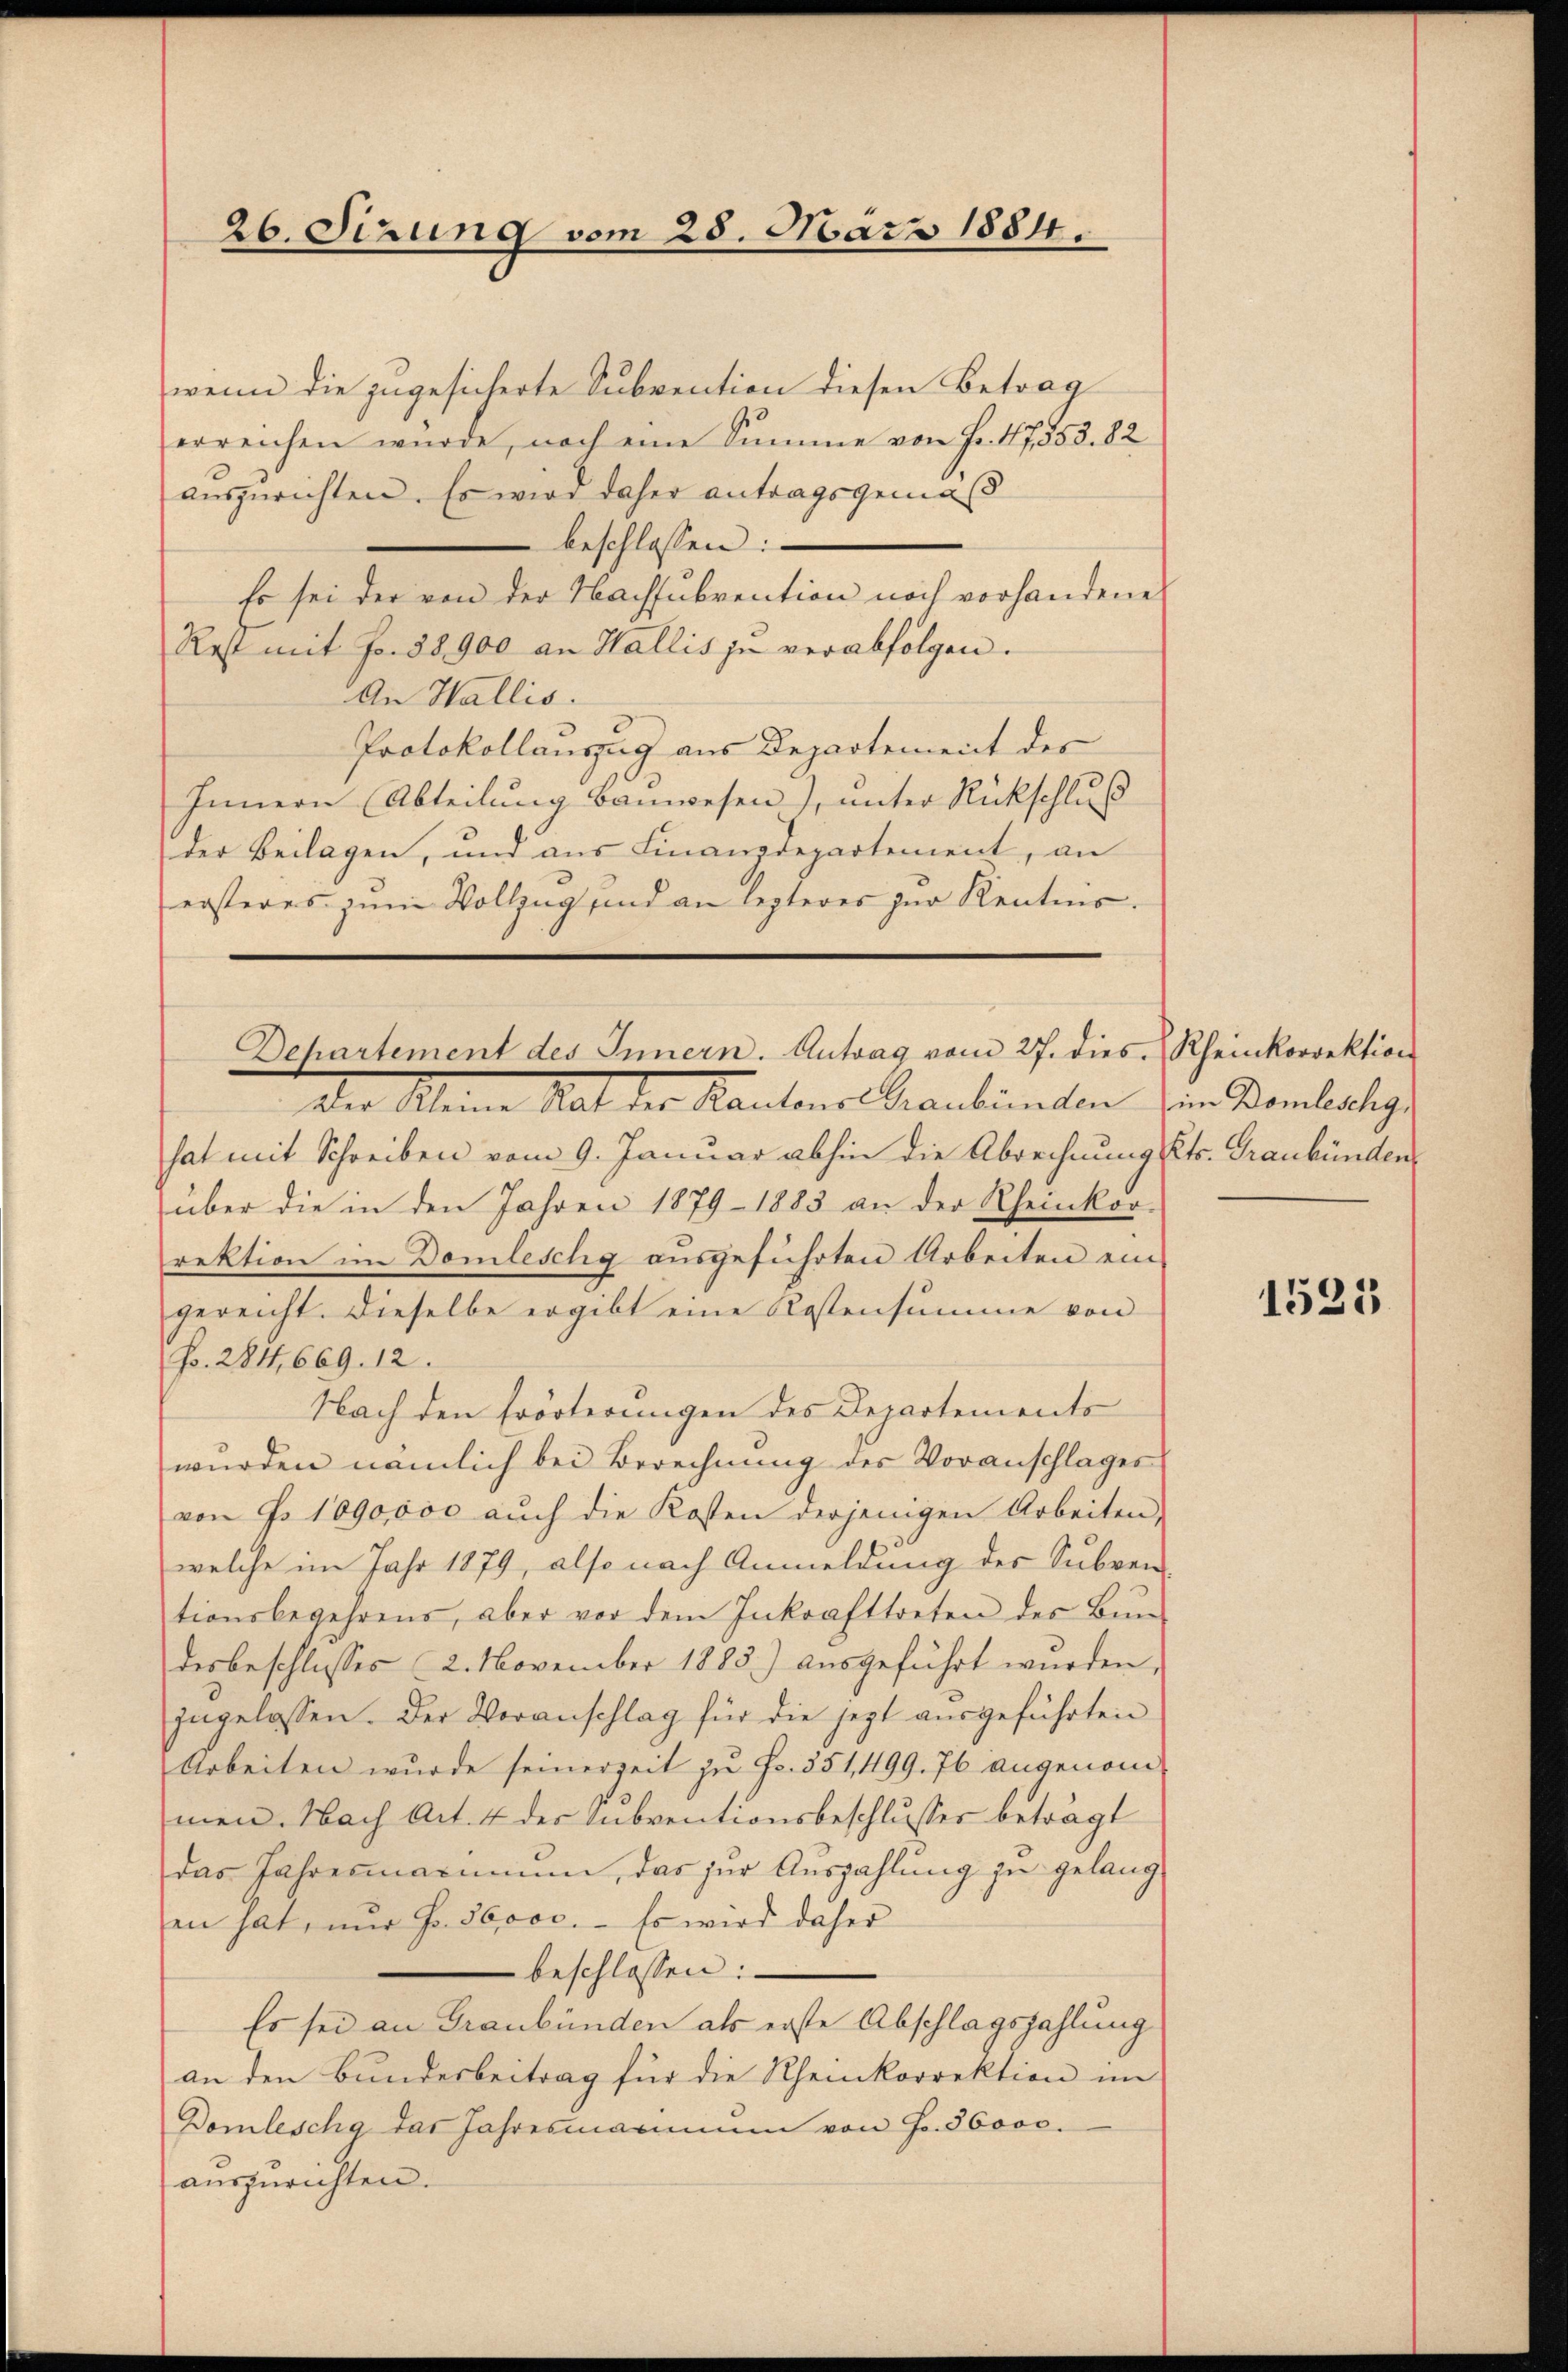
26. Sizung vom 25. März 1884.

wenn die zugesicherte Subvention diesen Betrag
erreichen würde, noch eine Summe von Fr. 47553. 82
auszurichten. Es wird daher antragsgemäß
 beschlossen:
Es sei der von der Wachsubvention noch vorhandene
Rest mit Fr. 58900 an Wallis zu verabfolgen.
An Wallis.
Protokollauszug aus Departement des
Innern (Abteilung Bauwesen), unter Rückschluß
der Beilagen, und aus Finanzdepartement, an
ersteres zum Vollzug und an lezteres zur Kenntnis¬

Dehartement des Innern. Antrag vom 27. dies Rheinkorrektion

Der Kleine Rat der Kantons Graubünden im Domleckig
hat mit Schreiben vom 9. Januar abhin die Abrechnung (Cts. Graubünden
über die in den Jahren 1879 - 1883 an der Rheinkor-
rektion im Domleschg aŭsgeführten Arbeiten ein-
gereicht. Dieselbe ergibt eine Kostensumme von
Fr. 284, 669. 12.
Nach den Erörterungen des Departements
wurden nämlich bei Berechnung des Voranschlages
von No 1090000 aŭch die Kosten derjenigen Arbeiten,
welche im Jahr 1879, also nach Anmeldung des Subven-
tionsbegehrens, aber vor dem Inkrafttreten des Bun-
desbeschlusses 2. November 1883) aŭsgeführt würden,
ingelassen. Der Veranschlag für die jezt aŭsgeführten
Arbeiten wurde seinerzeit zu Fr. 351,499. 76 angenommen. Nach Art. 4 der Subventionsbeschlusses beträgt
das Jahrenmanumen, das zur Auszahlung zu gelangen hat, nur Fr. 26000. - Es wird daher
beschlossen:
Es sei an Graubünden als erste Abschlagszahlung
an den Bundesbeitrag für die Rheinkorrektion im
Domleschy das Jahresmannin von Fr. 36000.
auszurichten.

1525